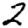
Digit: 2